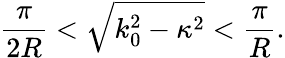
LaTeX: \frac{\pi}{2R}<\sqrt{k_{0}^{2}-\kappa^{2}}<\frac{\pi}{R}.